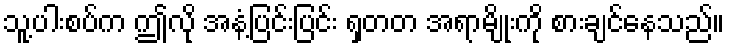
သူ့ပါးစပ်က ဤလို အနံ့ပြင်းပြင်း ရှတတ အရာမျိုးကို စားချင်နေသည်။